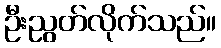
ဦးညွတ်လိုက်သည်။